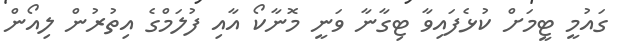
ގައުމީ ޓީމަށް ކުޅެފައިވާ ޓިގާނާ ވަނީ މޮނާކޯ އާއި ފުލަމްގެ އިތުރުން ލިއޯން